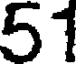
51